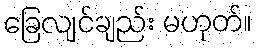
ခြေလျင်ချည်း မဟုတ်။